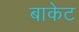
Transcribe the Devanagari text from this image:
बाकेट